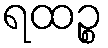
ရထဉ္စ